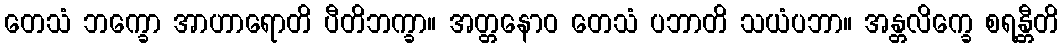
တေသံ ဘက္ခော အာဟာရောတိ ပီတိဘက္ခာ။ အတ္တနောဝ တေသံ ပဘာတိ သယံပဘာ။ အန္တလိက္ခေ စရန္တီတိ